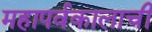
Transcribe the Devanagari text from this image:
महापर्वकालाची